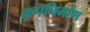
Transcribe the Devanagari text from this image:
कूपनिर्माण